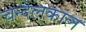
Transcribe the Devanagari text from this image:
चन्देलकाल